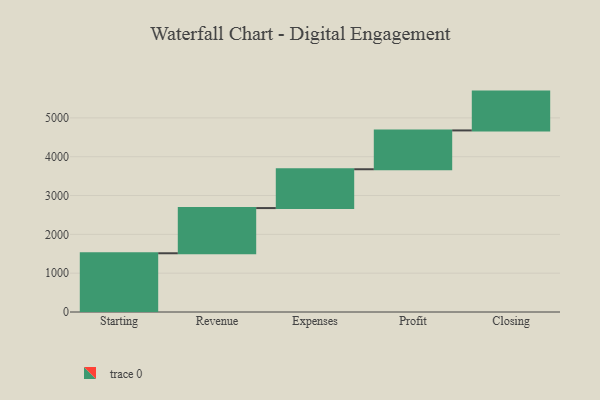
{"axis": {"x": "Step", "y": "Value"}, "legend": [""], "data": [{"x": "Starting", "y": 1513.0, "type": ""}, {"x": "Revenue", "y": 1164.0, "type": ""}, {"x": "Expenses", "y": 1000, "type": ""}, {"x": "Profit", "y": 1000, "type": ""}, {"x": "Closing", "y": 1000, "type": ""}]}